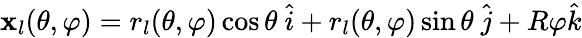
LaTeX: \mathbf{x}_{l}(\theta,\varphi)=r_{l}(\theta,\varphi)\cos{\theta}\ \hat{i}+r_{l}(\theta,\varphi)\sin{\theta}\ \hat{j}+R\varphi\hat{k}